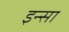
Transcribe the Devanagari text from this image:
इन्सा